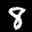
Label: 8